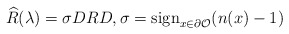
\begin{align*} \widehat{R}(\lambda)=\sigma DRD, \sigma={\rm sign}_{x\in \partial \mathcal O}(n(x)-1) \end{align*}